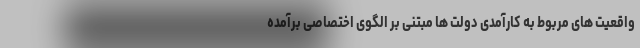
واقعیت های مربوط به کارآمدی دولت ها مبتنی بر الگوی اختصاصی برآمده